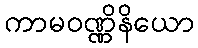
ကာမဝဏ္ဏိနိယော